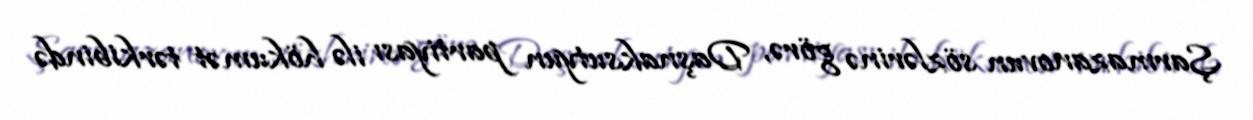
Şarmazanovun sözlərinə görə, Daşnaksutyun partiyası ilə hökumət tərkibində